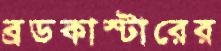
ব্রডকাস্টারের